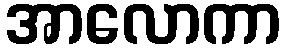
အာလောကာ